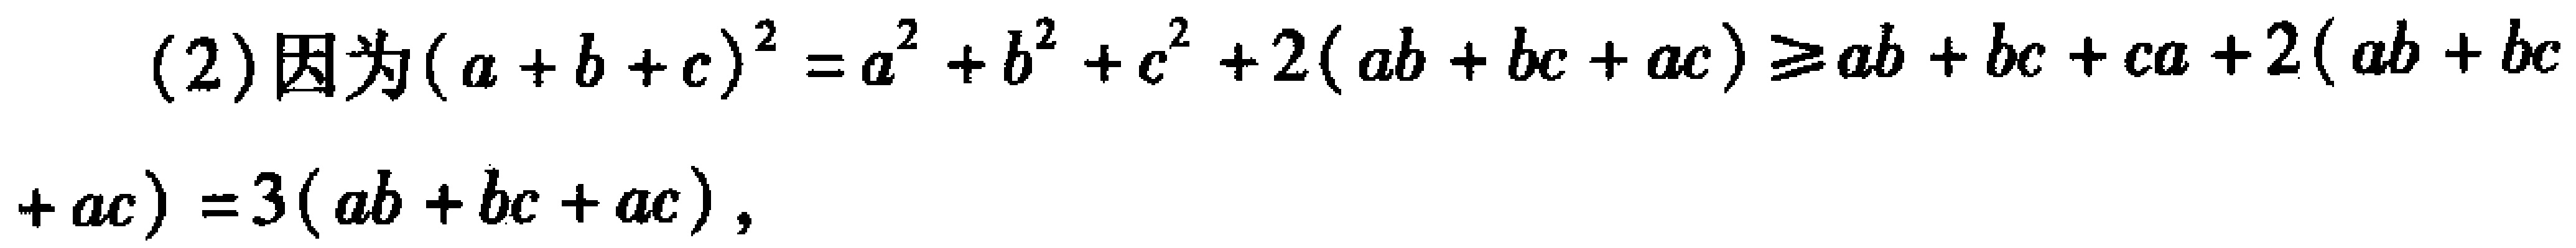
(2)因为\((a + b + c)^2 = a^2 + b^2 + c^2 + 2(ab + bc + ac)\geqslant ab + bc + ca + 2(ab + bc + ac)=3(ab + bc + ac)\)，